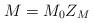
LaTeX: \begin{align*} M = M_0 Z_M\end{align*}